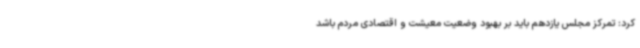
کرد: تمرکز مجلس یازدهم باید بر بهبود وضعیت معیشت و اقتصادی مردم باشد